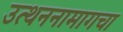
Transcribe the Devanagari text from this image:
उत्थननामागचा